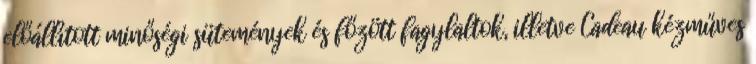
előállított minőségi sütemények és főzött fagylaltok, illetve Cadeau kézműves